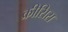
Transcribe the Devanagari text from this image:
क्रीसिस